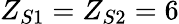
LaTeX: Z_{S1}=Z_{S2}=6